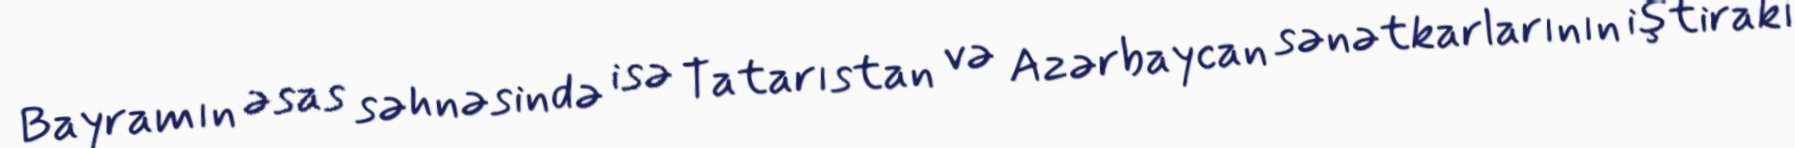
Bayramın əsas səhnəsində isə Tatarıstan və Azərbaycan sənətkarlarının iştirakı